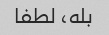
بله، لطفا